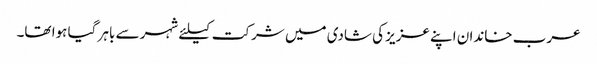
عرب خاندان اپنے عزیز کی شادی میں شرکت کیلئے شہر سے باہر گیا ہوا تھا۔